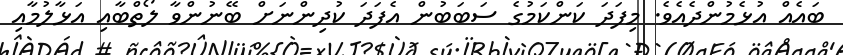
ބައެއް އުޅެމުންދެއެވެ. މިފަދަ ކަންކަމުގެ ސަބަބުން އެފަދަ ކުދިންނަށް ބޭނުންވާ ލޯތްބާއި އަޅާލުމާއި